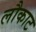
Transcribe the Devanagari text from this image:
लौकाट